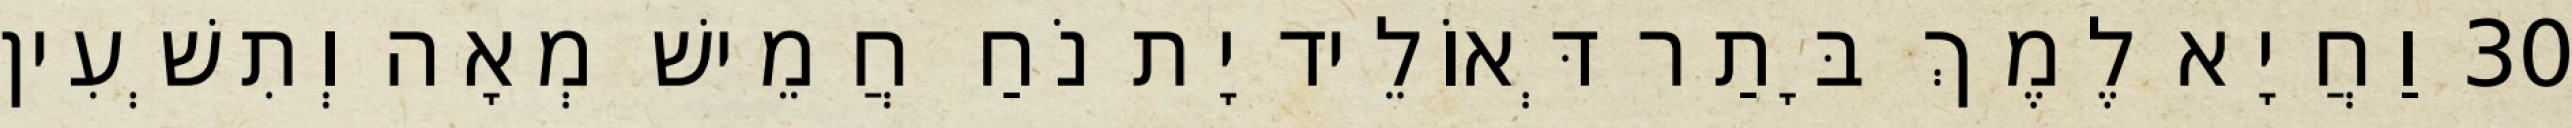
30 וַחֲיָא לֶמֶךְ בָּתַר דְּאוֹלֵיד יָת נֹחַ חֲמֵישׁ מְאָה וְתִשְׁעִין